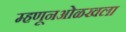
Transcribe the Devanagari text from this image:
म्हणूनओळखला